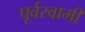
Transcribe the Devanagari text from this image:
पूर्वस्वामी